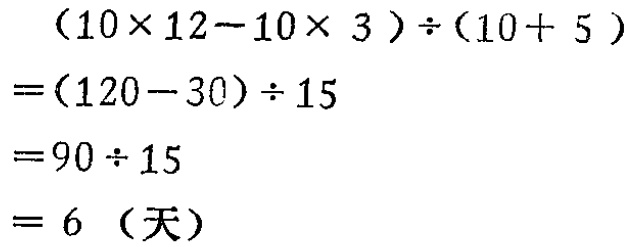
\[
\begin{align*}
&(10\times12 - 10\times3)\div(10 + 5)\\
=&(120 - 30)\div15\\
=&90\div15\\
=&6 \text{（天）}
\end{align*}
\]